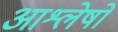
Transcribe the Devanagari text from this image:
आश्लेषों